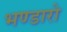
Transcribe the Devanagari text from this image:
भण्डारो